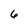
Character: 6